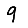
Digit: 9